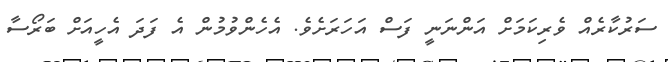
ސަރުކާރެއް ވެރިކަމަށް އަންނަނީ ފަސް އަހަރަށެވެ. އެހެންވުމުން އެ ފަދަ އެހީއަށް ބަރޯސާ